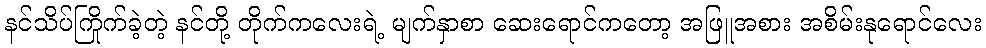
နင်သိပ်ကြိုက်ခဲ့တဲ့ နင်တို့ တိုက်ကလေးရဲ့ မျက်နှာစာ ဆေးရောင်ကတော့ အဖြူအစား အစိမ်းနုရောင်လေး